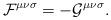
LaTeX: \begin{align*}{\cal F}^{{\mu}{\nu}{\sigma}}=-{\cal G}^{{\mu}{\nu}{\sigma}}.\end{align*}